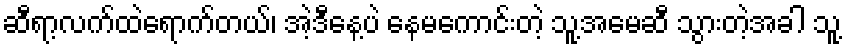
ဆီရာ့လက်ထဲရောက်တယ်၊ အဲ့ဒီနေ့ပဲ နေမကောင်းတဲ့ သူ့အမေဆီ သွားတဲ့အခါ သူ့